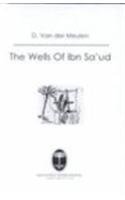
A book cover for The Wells of Ibn Saud; D. van der Meulen; History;